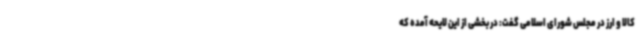
کالا و ارز در مجلس شورای اسلامی گفت: در بخشی از این لایحه آمده که